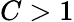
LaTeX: C>1